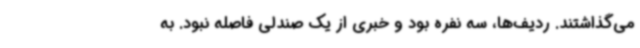
می‌گذاشتند. ردیف‌ها، سه نفره بود و خبری از یک صندلی فاصله نبود. به